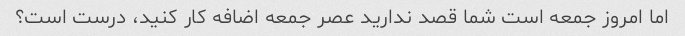
اما امروز جمعه است شما قصد ندارید عصر جمعه اضافه کار کنید، درست است؟